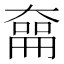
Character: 𪥜